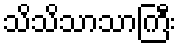
သိသိသာသာကြီး